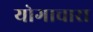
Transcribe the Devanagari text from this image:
योगाचारा